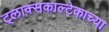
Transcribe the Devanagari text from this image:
ट्लाक्सकाल्टेकाच्या